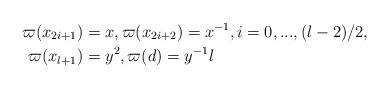
LaTeX: \begin{align*}\varpi(x_{2i+1}) & =x,\varpi(x_{2i+2})=x^{-1},i=0,...,(l-2)/2,\\\varpi(x_{l+1}) & =y^{2},\varpi(d)=y^{-1}l\end{align*}